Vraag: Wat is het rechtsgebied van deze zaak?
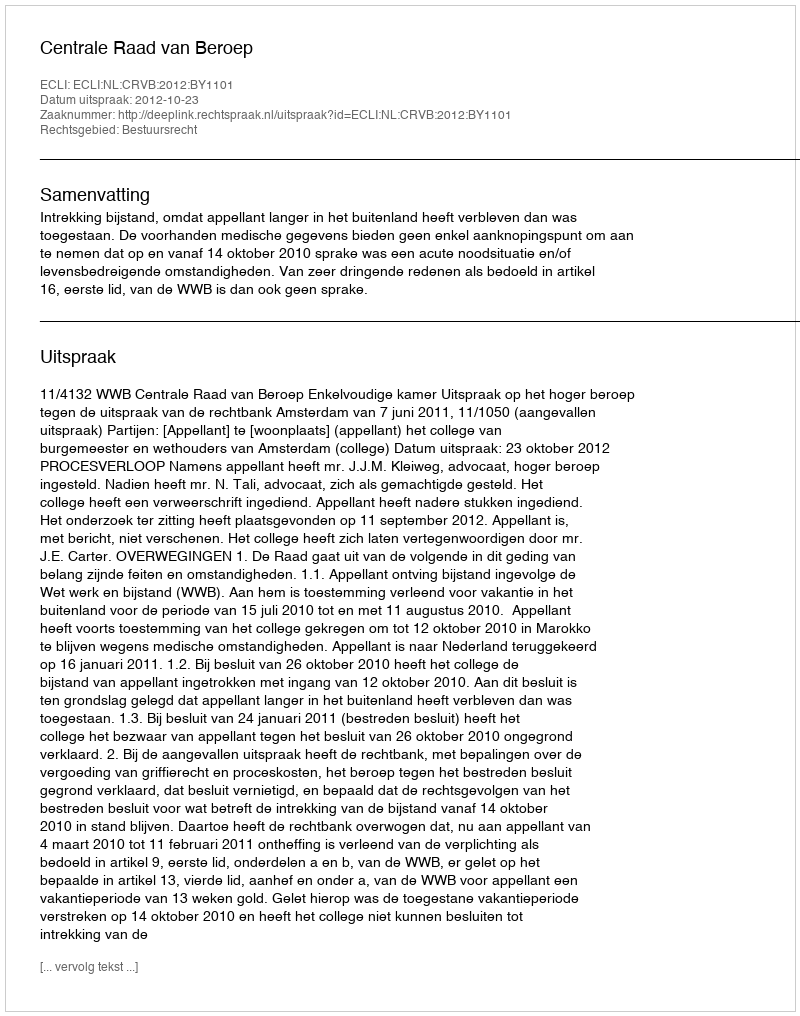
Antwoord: Bestuursrecht